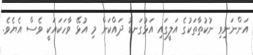
އަންނަނިވި ނުކުތާތަކުގެ އަލީގައި އަޅުގަނޑު ދައްކަން މި އުޅޭ ވާހަކައަކީ ވެސް އެޔެވެ.